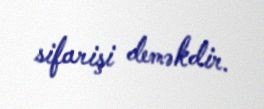
sifarişi deməkdir.